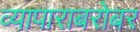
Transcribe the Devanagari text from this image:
व्यापाराबरोबर